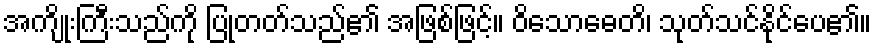
အကျိုးကြီးသည်ကို ပြုတတ်သည်၏ အဖြစ်ဖြင့်။ ဝိသောဓေတိ၊ သုတ်သင်နိုင်ပေ၏။